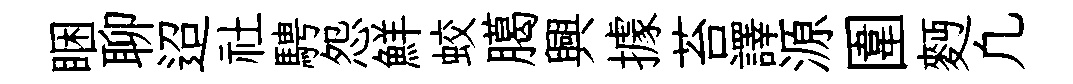
睏聊迢社騁怨鮮蛟臈興據苔譯源圍麪凢